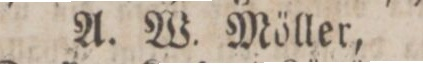
A. W. Möller,